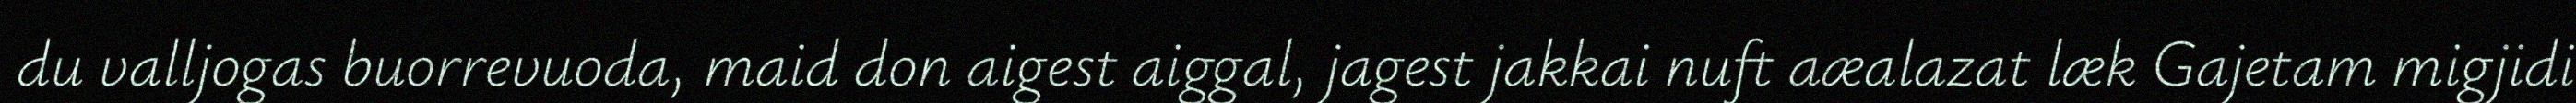
du valljogas buorrevuoda, maid don aigest aiggal, jagest jakkai nuft aæalazat læk Gajetam migjidi